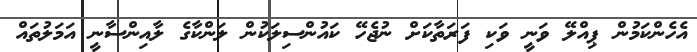
އެހެންކަމުން ޕިއްލޭ ވަނީ ވަކި ފަރަތާކަށް ނުޖެހޭ ކައުންސިލަކުން ލަންކާގެ ލާއިންސާނީ އަމަލުތައް